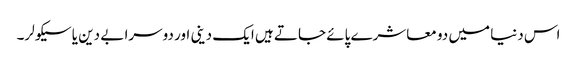
اس دنیا میں دو معاشرے پائے جاتے ہیں ایک دینی اور دوسرا بے دین یا سیکولر۔